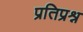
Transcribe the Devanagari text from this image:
प्रतिप्रश्न